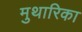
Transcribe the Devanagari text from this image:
मुथारिका